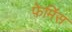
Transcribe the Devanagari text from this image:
फ़ेमिंस